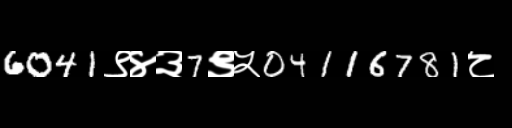
Text: 6041९४३7९५04116781८